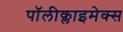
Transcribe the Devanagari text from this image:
पॉलीक्लाइमेक्स